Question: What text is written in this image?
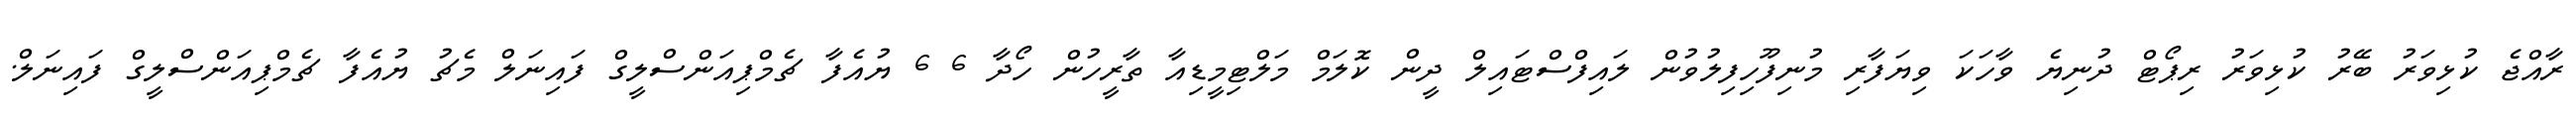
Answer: ރާއްޖެ ކުޅިވަރު ބޭރު ކުޅިވަރު ރިޕޯޓް ދުނިޔެ ވާހަކަ ވިޔަފާރި މުނިފޫހިފިލުވުން ލައިފްސްޓައިލް ދީން ކޮލަމް މަލްޓިމީޑިއާ ތާރީހުން ހޯދާ 6 6 ޔުއެފާ ޗެމްޕިއަންސްލީގް ފައިނަލް މެޗު ޔުއެފާ ޗެމްޕިއަންސްލީގް ފައިނަލް.